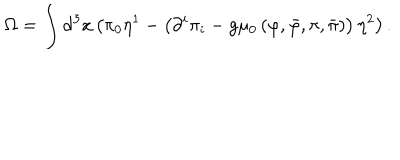
LaTeX: \Omega = \int \mathrm { d } ^ { 3 } x \left( \pi _ { 0 } \eta ^ { 1 } - \left( \partial ^ { i } \pi _ { i } - g \mu _ { 0 } \left( \varphi , \bar { \varphi } , \pi , \bar { \pi } \right) \right) \eta ^ { 2 } \right) .